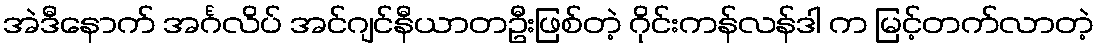
အဲဒီနောက် အင်္ဂလိပ် အင်ဂျင်နီယာတဦးဖြစ်တဲ့ ဂိုင်းကန်လန်ဒါ က မြင့်တက်လာတဲ့